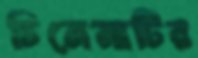
চিনেমাটির